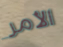
الأمر